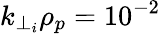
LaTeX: k_{\perp_{i}}\rho_{p}=10^{-2}